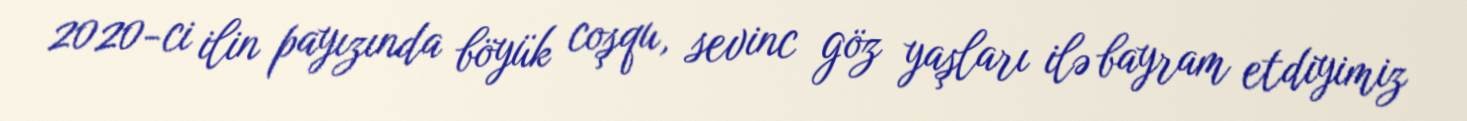
2020-ci ilin payızında böyük coşqu, sevinc göz yaşları ilə bayram etdiyimiz